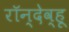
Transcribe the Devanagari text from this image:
रॉन्देव्हू